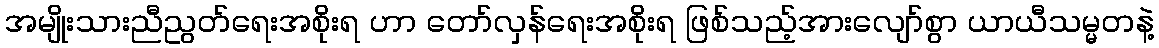
အမျိုးသားညီညွတ်ရေးအစိုးရ ဟာ တော်လှန်ရေးအစိုးရ ဖြစ်သည့်အားလျော်စွာ ယာယီသမ္မတနဲ့